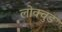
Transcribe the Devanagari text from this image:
लोक्वुड